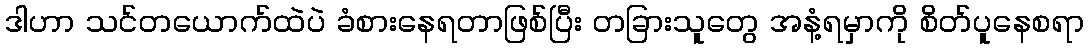
ဒါဟာ သင်တယောက်ထဲပဲ ခံစားနေရတာဖြစ်ပြီး တခြားသူတွေ အနံ့ရမှာကို စိတ်ပူနေစရာ